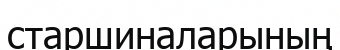
старшиналарының